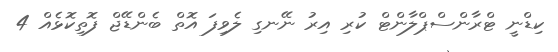
ކިޑްނީ ޓްރާންސްޕްލާންޓް ކުރި އިރު ނޭނގި ލެވިފަ އޮތް ބެންޑޭޖް ފޮތިކޮޅެއް 4